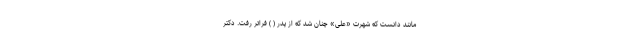
مانند دانست که شهرت «علی» چنان شد که از پدر (‌ ) فراتر رفت. دکتر